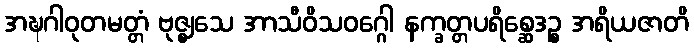
အဍ္ဎဂါဝုတမတ္တံ ဗုဇ္ဈသေ အာသီဝိသဝဂ္ဂေါ နက္ခတ္တပရိစ္ဆေဒဉ္စ အရိယဇာတိ